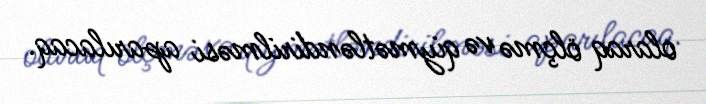
olaraq ölçmə və qiymətləndirilməsi aparılacaq.